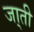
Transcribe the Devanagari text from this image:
जा्ती